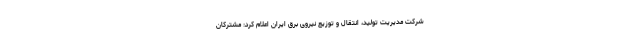
شرکت مدیریت تولید، انتقال و توزیع نیروی برق ایران اعلام کرد: مشترکان